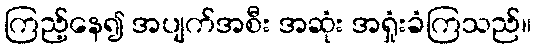
ကြည့်နေ၍ အပျက်အစီး အဆုံး အရှုံးခံကြသည်။